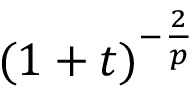
( 1 + t ) ^ { - \frac { 2 } { p } }